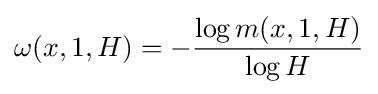
\omega (x,1,H)=-{\frac {\log m(x,1,H)}{\log H}}